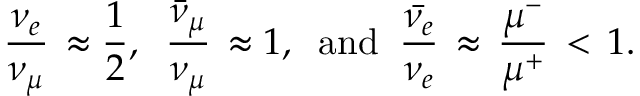
{ \frac { \nu _ { e } } { \nu _ { \mu } } } \, \approx { \frac { 1 } { 2 } } , \; \; { \frac { \bar { \nu } _ { \mu } } { \nu _ { \mu } } } \, \approx 1 , \; \; \mathrm { a n d } \; \; { \frac { \bar { \nu _ { e } } } { \nu _ { e } } } \, \approx \, { \frac { \mu ^ { - } } { \mu ^ { + } } } \, < \, 1 .